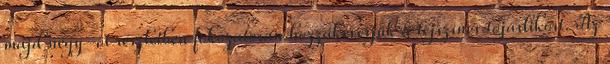
majd négy-öt részletben fokozatosan hozzákeverjük a tejszínes tojáslikőrt. Az